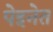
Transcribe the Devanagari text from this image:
पेइनेत